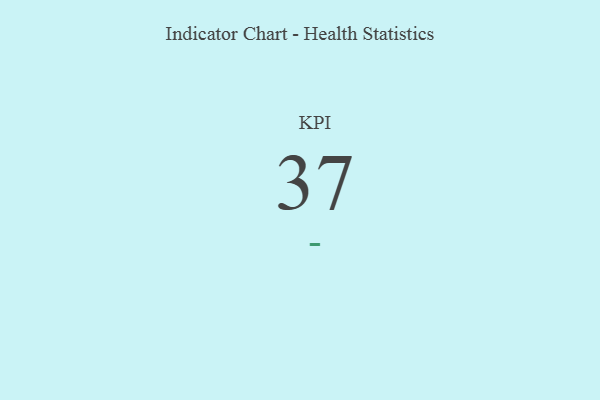
{"axis": {"x": "KPI", "y": "Value"}, "legend": [""], "data": [{"x": "KPI", "y": 37, "type": ""}]}